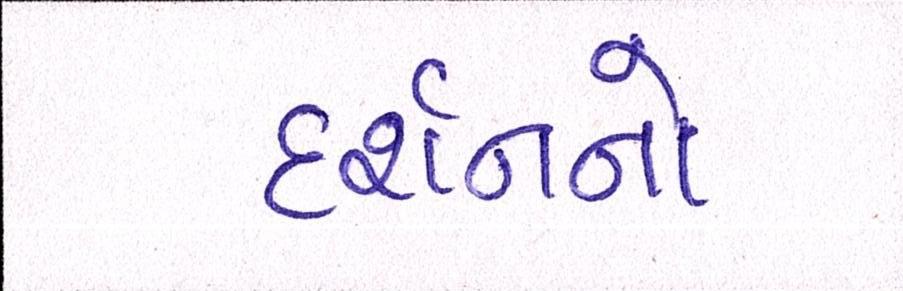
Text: દર્શનનો